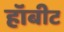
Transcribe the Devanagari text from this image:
हॉबीट